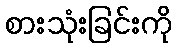
စားသုံးခြင်းကို